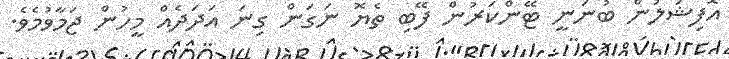
އޮފިޝަލުން ބުނަނީ ޓޭންކަރުން ފޭބި ތެޔޮ ނަގަން ގިނަ އަދަދެއް މީހުން ޖަމާވުމެވެ.